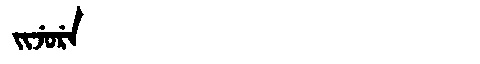
Manchu: ᠵᡳᠵᡠᡵᡝ
Romanization: JIJURE